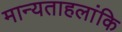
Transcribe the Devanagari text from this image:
मान्यताहलांकि